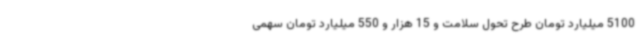
5100 میلیارد تومان طرح تحول سلامت و 15 هزار و 550 میلیارد تومان سهمی